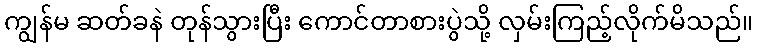
ကျွန်မ ဆတ်ခနဲ တုန်သွားပြီး ကောင်တာစားပွဲသို့ လှမ်းကြည့်လိုက်မိသည်။